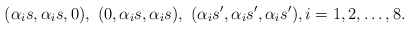
\begin{align*} (\alpha_i s, \alpha_i s, 0), ~ (0, \alpha_is, \alpha_is), ~ (\alpha_i s', \alpha_i s', \alpha_i s'), i=1,2,\ldots, 8. \end{align*}